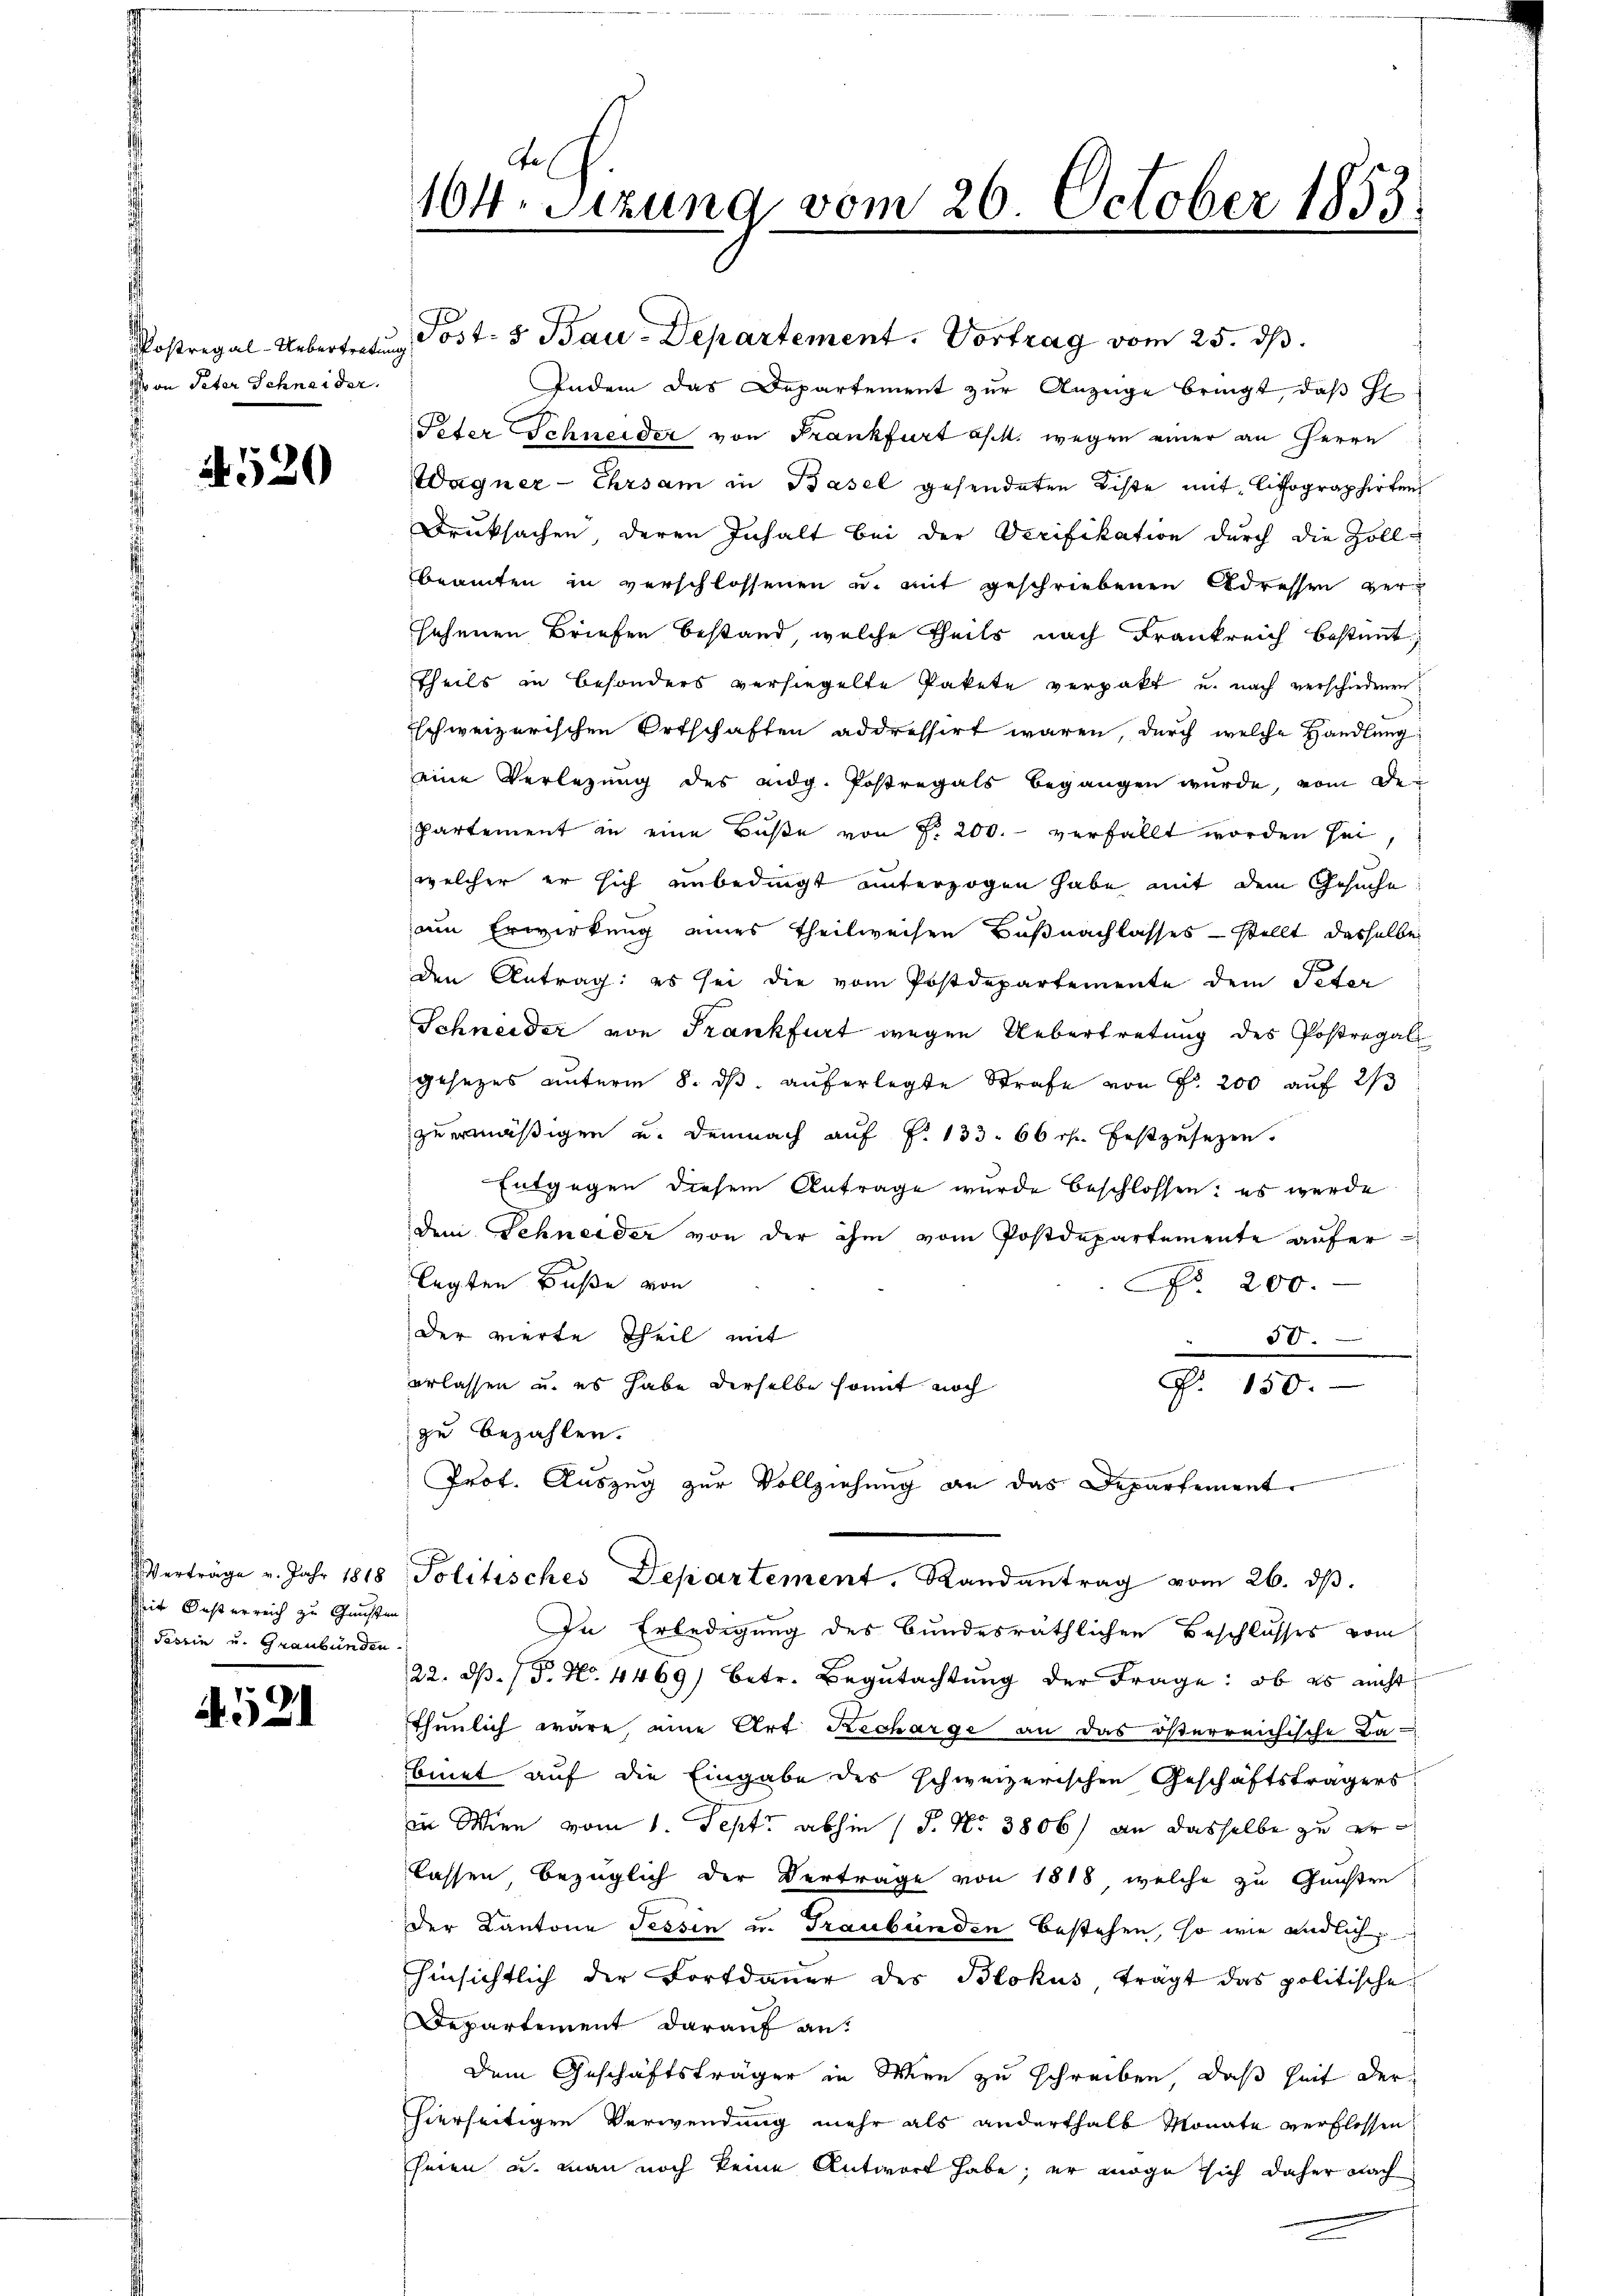
oon Peter Schneider.
d

N 520

Verträge v. Jahr 1818
seit Oesterreich zu Geisten.
Tessin u. Graubünden.

521

Postregal-Uebertretung Post- & Bau-Departement. Vortrag vom 25. dβ.
Indem das Departement zur Anzeige bringt, daß Gl
Peter Schneider von Frankfurt a/M. wegen einer an Herrn
Wagner-Ehrsam in Basel gesendeten Kiste mit Lithographirten
Drucksachen deren Inhalt bei der Verifikation durch die Zoll-
beamten in verschlossenen u. mit geschriebenen Adressen versehenen Briefen bestand, welche Theils nach Frankreich bestimmt,
Theils in Besonders versiegelte Pakete verpakt u. nach verschiedenen
Eschweizerischen Ortschaften addressirt waren, durch welche Handlung
eine Verlegung des eidg. Postregals begangen wurde, vom De¬
Partement in eine Buße von P. 200. verfällt worden sei
welcher er sich unbedingt unterzogen habe mit dem Gesuche
um Erwirkung eines Theilweisen Büßnachlasses – stellt dasselbe
den Antrag: es sei die vom Postdepartemente dem Peter
Schneider von Frankfurt wegen Uebertretung des Postregal
gesezes unterm 8. dβ aŭferlegte Strafe von Fr. 200 auf 2/3
zu ermäßigen u. demnach auf P. 133. 66 ch festzusetzen.
Entgegen diesem Antrage wurde beschlossen: es wurde
dem Schneider von der ihm vom Postdepartemente auferlegten Buße von
No. 200.
der vierte Theil mit
6
erlassen u. es habe derselbe somit noch
P. 150.
zu bezahlen.
Prof. Auszug zur Vollziehung an das Departement
Politisches Departement. Randantrag vom 26. dβ.
In Erledigung des Bundesräthlichen Beschlusses vom
22. dβ. P. Nr. 4469) betr. Begŭtachtŭng der Frage: ob es nicht
thunlich wäre, eine Art Recharge an das österreichische Labinet auf die Eingabe des schweizerischen Geschäftsträgers
in Wien vom 1. Sept. abhin (S. Nr. 3806) an dasselbe zu erlassen bezüglich der Vertrage von 1818, welche zu Gunsten
der Kantone Tessin u. Graubünden bestehen, so wie endlich
hinsichtlich der Fortdauer des Blokus trägt das politische
Departement darauf an:
Dem Geschäftsträger in Wien zu schreiben, daß Zeit der
hierseitigen Verwendung mehr als anderthalb Monate verflossen
seien u. man noch keine Antwort habe; er möge sich daher nach

te
104. Sitzung vom 26. October 1853